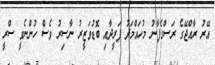
އޭރު ރާއްޖޭގެ ރަސްގެފާނު މުހައްމަދު ފަރީދާއި ބޮޑުވަޒީރު ނާސިރު ވެސް ހުންނެވީ ސްރީ